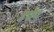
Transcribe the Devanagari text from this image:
हपेय